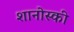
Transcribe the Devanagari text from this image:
शानोस्की